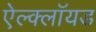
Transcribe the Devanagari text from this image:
ऐल्क्लॉयड